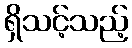
ရှိသင့်သည့်